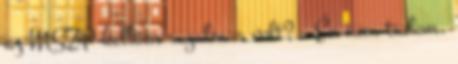
az MSZP kellően rugalmas volt? – Én nem tudom,